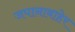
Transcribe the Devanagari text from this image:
जपानाबाहेर